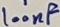
Text: 100nF